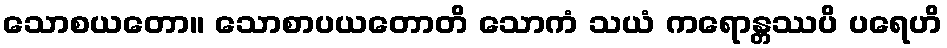
သောစယတော။ သောစာပယတောတိ သောကံ သယံ ကရောန္တဿပိ ပရေဟိ